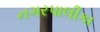
નગરપાલીકા